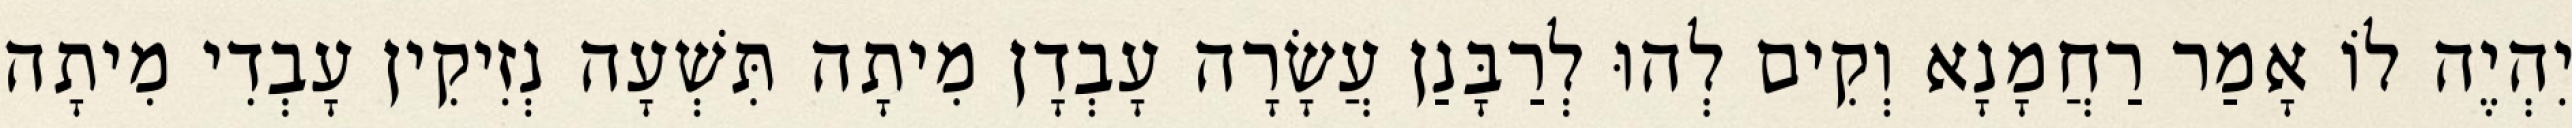
יִהְיֶה לוֹ אָמַר רַחֲמָנָא וְקִים לְהוּ לְרַבָּנַן עֲשָׂרָה עָבְדָן מִיתָה תִּשְׁעָה נְזִיקִין עָבְדִי מִיתָה